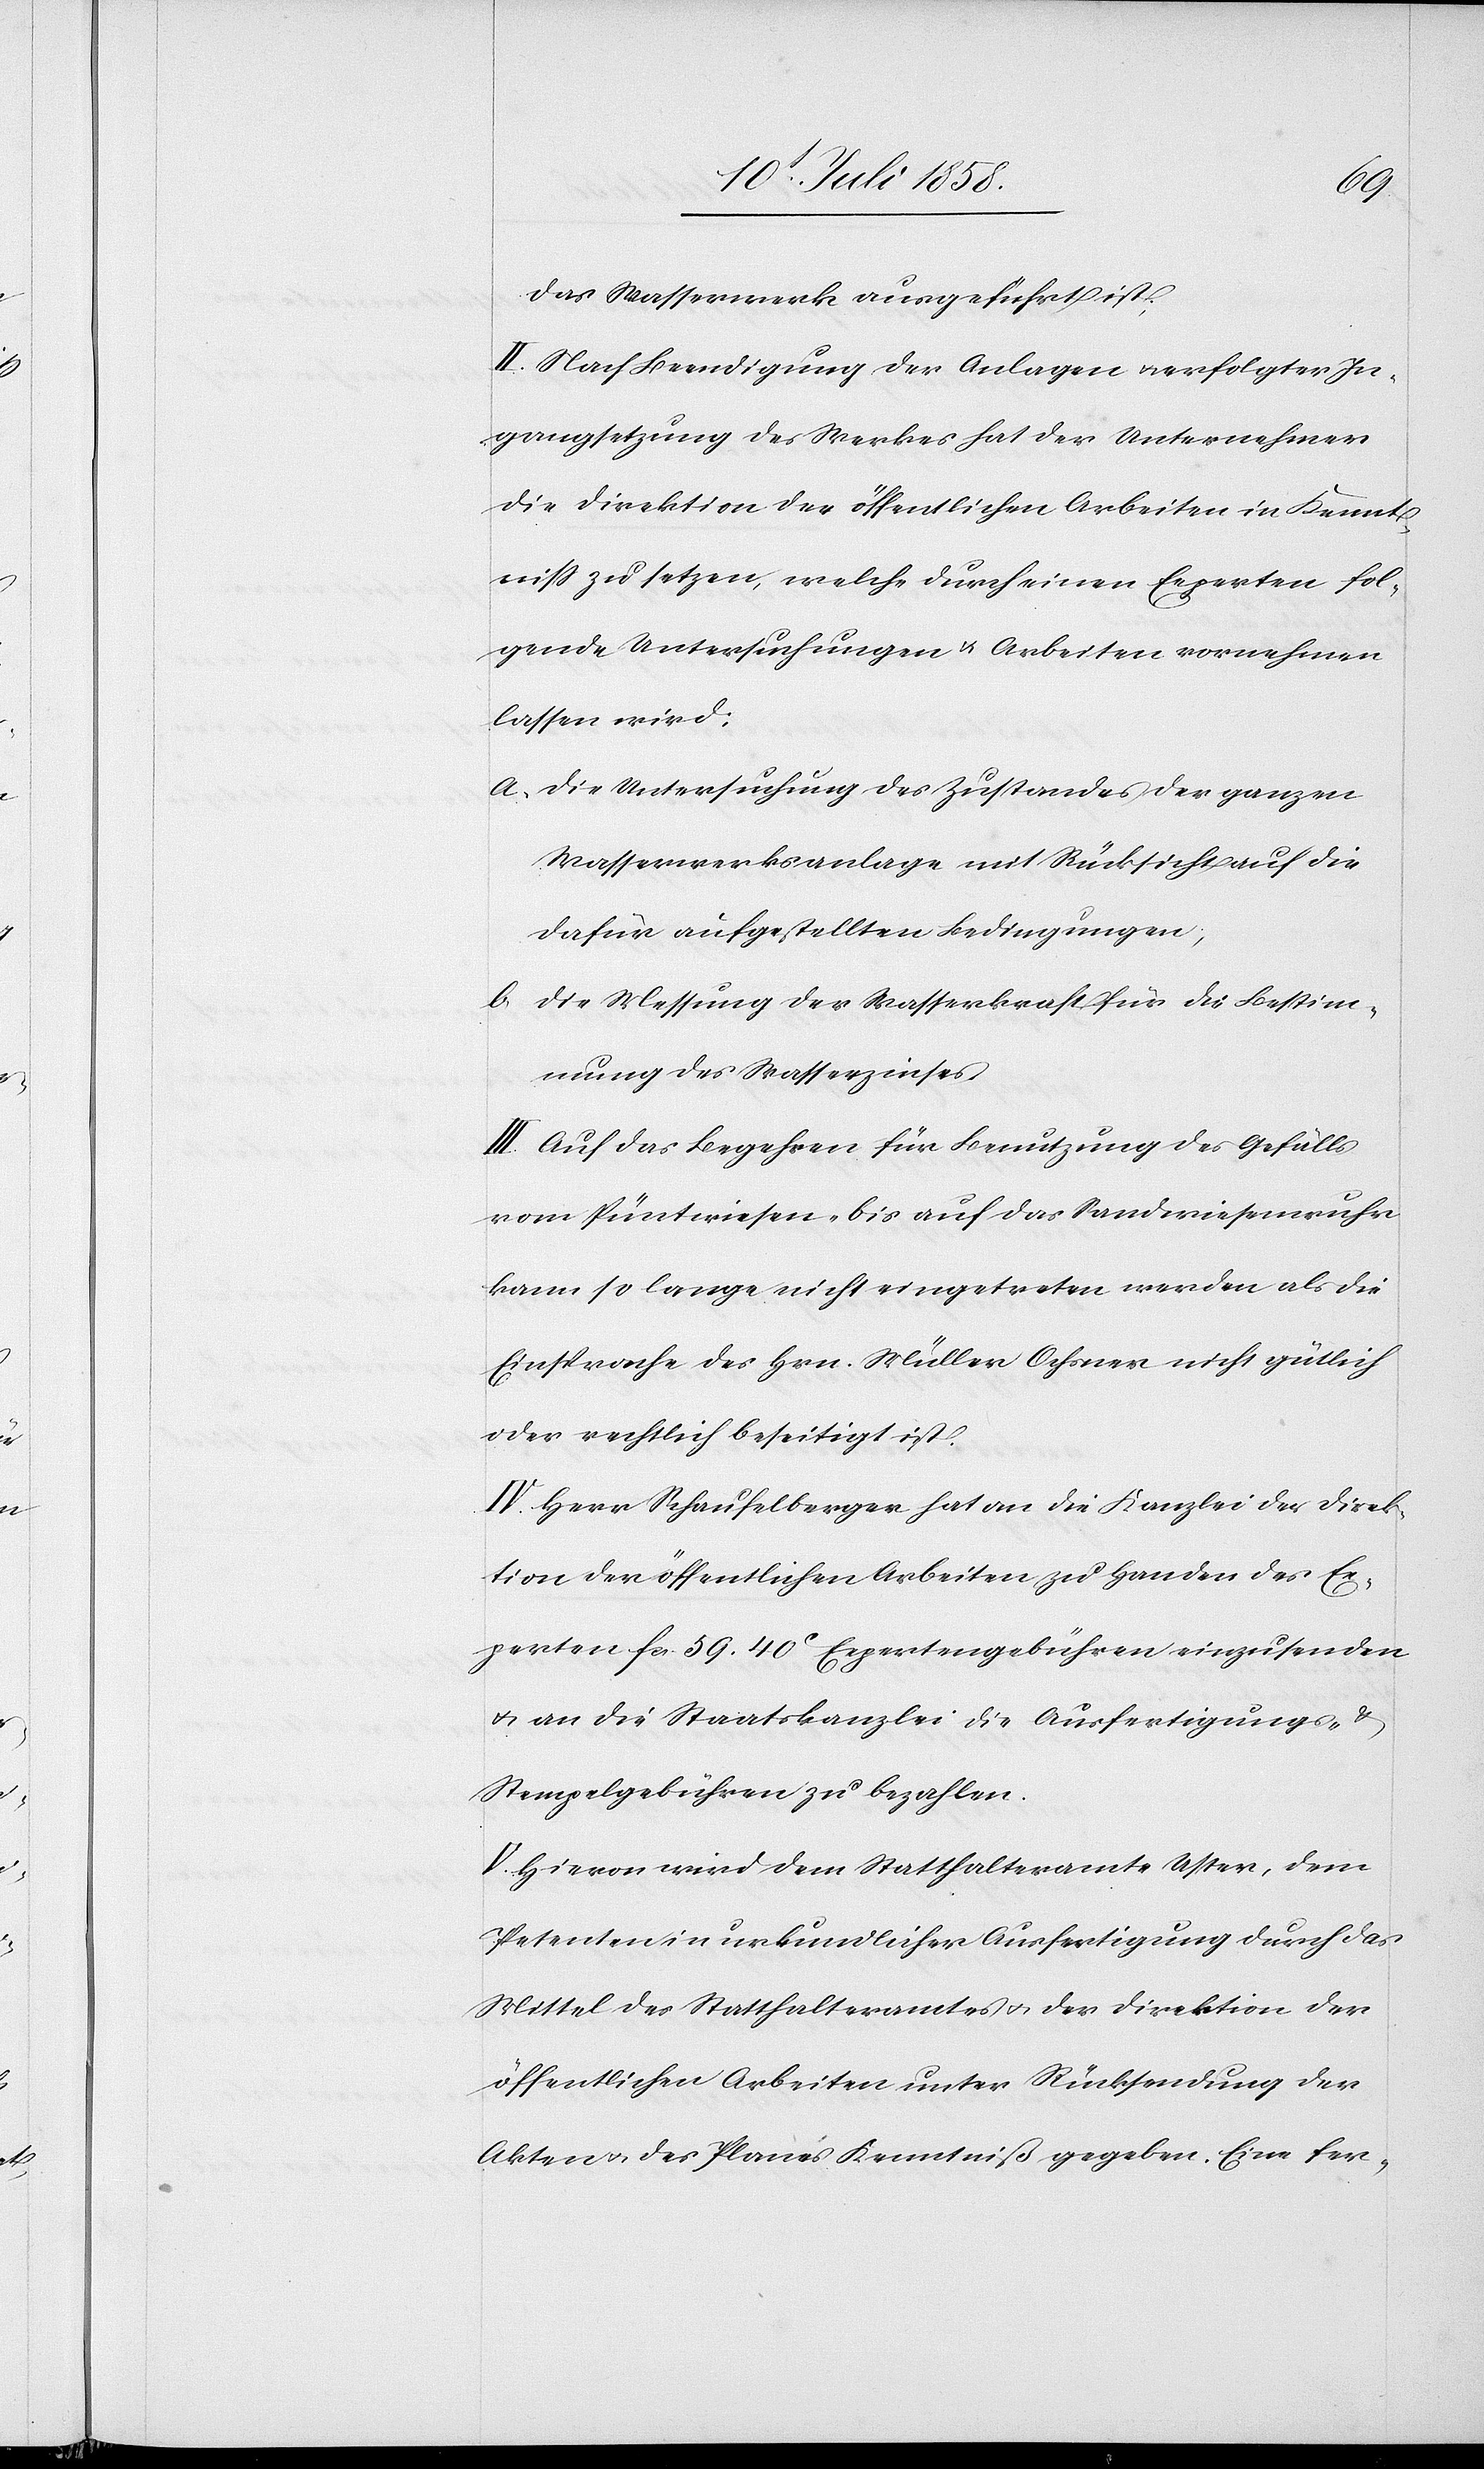
das Wasserwerk ausgeführt ist;
II. Nach Beendigung der Anlagen & erfolgter In¬
gangsetzung des Werkes hat der Unternehmer
die Direktion der öffentlichen Arbeiten in Kennt¬
niss zu setzen, welche durch einen Experten fol¬
gende Untersuchungen & Arbeiten vornehmen
lassen wird:
Die Untersuchung des Zustandes der ganzen
Wasserwerksanlage mit Rücksicht auf die
dafür aufgestellten Bedingungen;
Die Messung der Wasserkraft für die Bestim¬
mung des Wasserzinses.
III. Auf das Begehren für Benutzung des Gefälls
vom Püntwiesen- bis auf das Sandwiesenwuhr
kann so lange nicht eingetreten werden als die
Einsprache des Hrn. Müller Ochsner nicht gütlich
oder rechtlich beseitigt ist.
IV. Herr Schaufelberger hat an die Kanzlei der Direk¬
tion der öffentlichen Arbeiten zu Handen des Ex¬
perten fcs. 59. 40C Expertengebühren einzusenden
& an die Staatskanzlei die Ausfertigungs- &
Stempelgebühren zu bezahlen.
V. Hievon wird dem Statthalteramte Uster, dem
Petenten in urkundlicher Ausfertigung durch das
Mittel des Statthalteramtes & der Direktion der
öffentlichen Arbeiten unter Rücksendung der
Akten & des Planes Kenntniß gegeben. Eine fer-